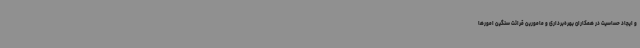
و ایجاد حساسیت در همکاران بهره‌برداری و مامورین قرائت سنگین امورها